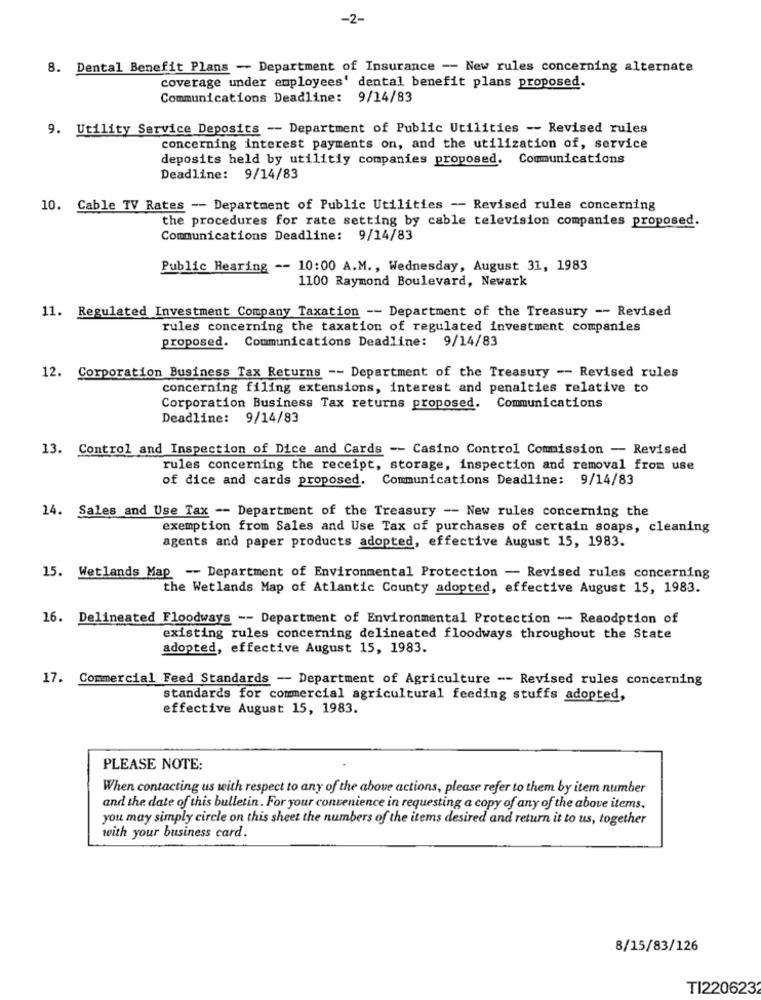
-2-
8. Dental Benefit Plans - Department of Insurance -- New rules concerning alternate
coverage under employees' dental benefit plans proposed.
Communications Deadline: 9/14/83
9. Utility Service Deposits -- Department of Public Utilities -- Revised rules
concerning interest payments on, and the utilization of, service
deposits held by utilitiy companies proposed. Communications
Deadline: 9/14/83
10. Cable TV Rates -- Department of Public Utilities - Revised rules concerning
the procedures for rate setting by cable television companies proposed.
Communications Deadline:
9/14/83
Public Hearing -- 10:00 A.M ., Wednesday, August 31, 1983
1100 Raymond Boulevard, Newark
11. Regulated Investment Company Taxation -- Department of the Treasury -- Revised
rules concerning the taxation of regulated investment companies
proposed. Communications Deadline: 9/14/83
12. Corporation Business Tax Returns -- Department of the Treasury -- Revised rules
concerning filing extensions, interest and penalties relative to
Corporation Business Tax returns proposed. Communications
Deadline: 9/14/83
13. Control and Inspection of Dice and Cards -- Casino Control Commission - Revised
rules concerning the receipt, storage, inspection and removal from use
of dice and cards proposed. Communications Deadline: 9/14/83
14. Sales and Use Tax -- Department of the Treasury -- New rules concerning the
exemption from Sales and Use Tax of purchases of certain soaps, cleaning
agents and paper products adopted, effective August 15, 1983.
15. Wetlands Map -- Department of Environmental Protection - Revised rules concerning
the Wetlands Map of Atlantic County adopted, effective August 15, 1983.
16. Delineated Floodways -- Department of Environmental Protection - Reaodption of
existing rules concerning delineated floodways throughout the State
adopted, effective August 15, 1983.
17. Commercial Feed Standards - Department of Agriculture -- Revised rules concerning
standards for commercial agricultural feeding stuffs adopted,
effective August 15, 1983.
PLEASE NOTE:
When contacting us with respect to any of the above actions, please refer to them by item number
and the date of this bulletin. For your convenience in requesting a copy of any of the above items.
you may simply circle on this sheet the numbers of the items desired and return it to us, together
with your business card.
8/15/83/126
TI220623